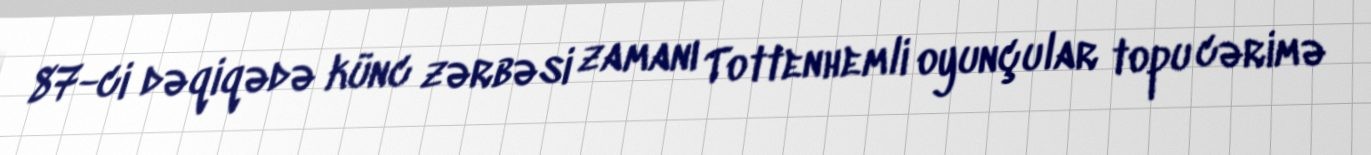
87-ci dəqiqədə künc zərbəsi zamanı Tottenhemli oyunçular topu cərimə